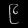
Digit: ၉